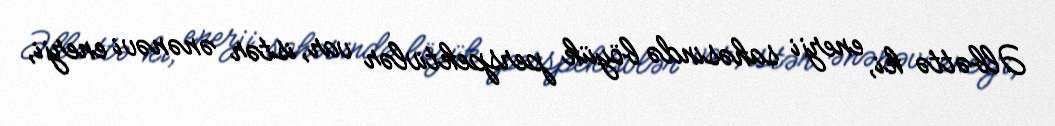
Əlbəttə ki, enerji sahəsində böyük perspektivlər var, istər ənənəvi enerji,